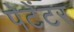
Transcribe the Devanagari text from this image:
पेटेंटर